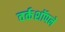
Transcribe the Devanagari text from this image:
वर्कशॉपने